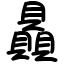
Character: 贔